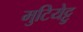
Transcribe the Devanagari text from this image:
मुटियेट्टु